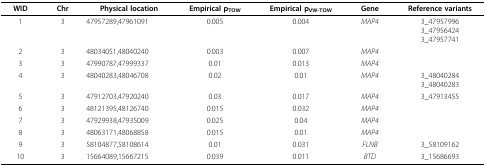
| WID | Chr | Physical location | Empirical pTOW | Empirical pVW-TOW | Gene | Reference variants |
 | --- | --- | --- | --- | --- | --- | --- |
 | 1 | 3 | 47957289,47961091 | 0.005 | 0.004 | MAP4 | 3_479579963_479564243_47957741 |
 | 2 | 3 | 48034051,48040240 | 0.003 | 0.007 | MAP4 |  |
 | 3 | 3 | 47990787,47999337 | 0.01 | 0.013 | MAP4 |  |
 | 4 | 3 | 48040283,48046708 | 0.02 | 0.01 | MAP4 | 3_480402843_48040283 |
 | 5 | 3 | 47912703,47920240 | 0.03 | 0.017 | MAP4 | 3_47913455 |
 | 6 | 3 | 48121395,48126740 | 0.015 | 0.032 | MAP4 |  |
 | 7 | 3 | 47929938,47935009 | 0.025 | 0.04 | MAP4 |  |
 | 8 | 3 | 48063171,48068858 | 0.015 | 0.01 | MAP4 |  |
 | 9 | 3 | 58104877,58108614 | 0.01 | 0.031 | FLNB | 3_58109162 |
 | 10 | 3 | 15664089,15667215 | 0.039 | 0.011 | BTD | 3_15686693 |